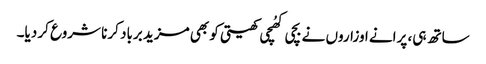
ساتھ ہی، پرانے اوزاروں نے بچی کھُچی کھیتی کو بھی مزید برباد کرنا شروع کر دیا۔